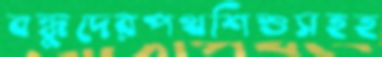
বন্ধুদেরপথশিশুসহহ